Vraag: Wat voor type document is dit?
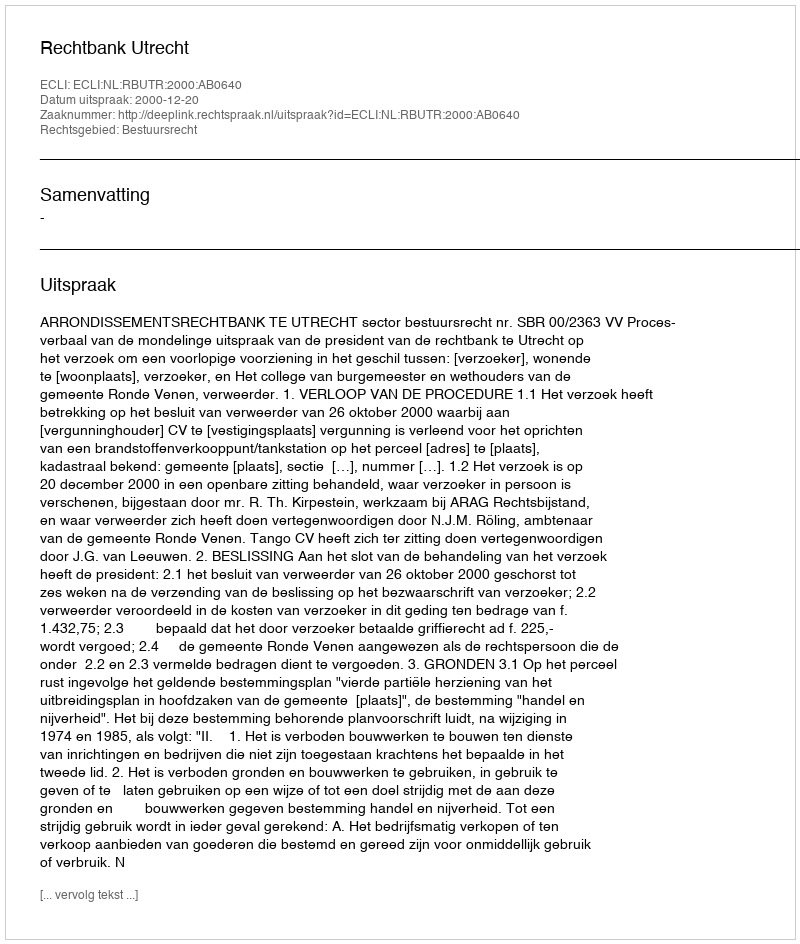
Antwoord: Uitspraak